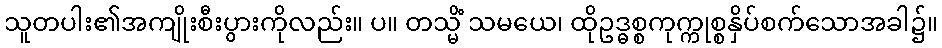
သူတပါး၏အကျိုးစီးပွားကိုလည်း။ ပ။ တသ္မိံ သမယေ၊ ထိုဥဒ္ဓစ္စကုက္ကုစ္စနှိပ်စက်သောအခါ၌။